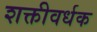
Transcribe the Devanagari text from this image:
शक्तीवर्धक